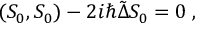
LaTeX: ( S _ { 0 } , S _ { 0 } ) - 2 i \hbar \tilde { \Delta } S _ { 0 } = 0 \; ,